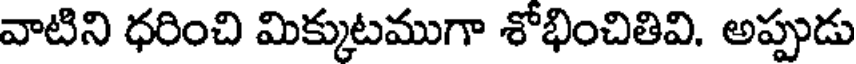
వాటిని ధరించి మిక్కుటముగా శోభించితివి. అప్పుడు